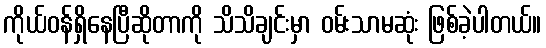
ကိုယ်ဝန်ရှိနေပြီဆိုတာကို သိသိချင်းမှာ ဝမ်းသာမဆုံး ဖြစ်ခဲ့ပါတယ်။